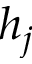
h _ { j }